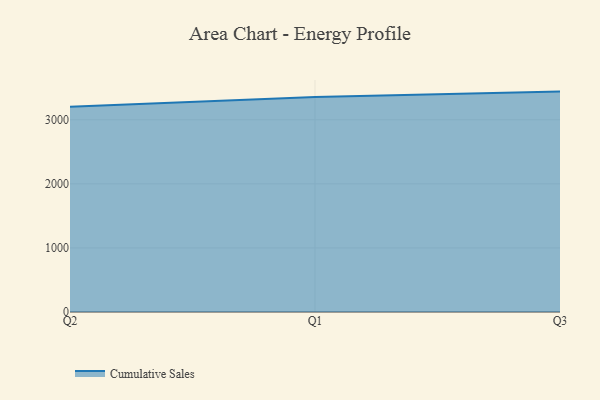
{"axis": {"x": "Quarter", "y": "Temperature (°C)"}, "legend": ["Cumulative Sales"], "data": [{"x": "Q2", "y": 3204.0, "type": "Cumulative Sales"}, {"x": "Q1", "y": 3355.5, "type": "Cumulative Sales"}, {"x": "Q3", "y": 3439.6, "type": "Cumulative Sales"}]}